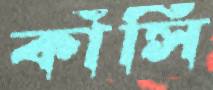
কাঁসি